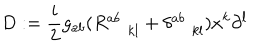
D : = \frac { i } { 2 } g _ { a b } ( R _ { \; k l } ^ { a b } + \delta _ { \; k l } ^ { a b } ) x ^ { k } \partial ^ { l }